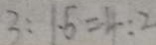
3 : 1 . 5 = 4 : 2